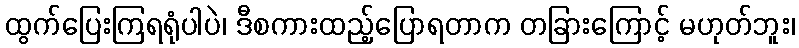
ထွက်ပြေးကြရရုံပါပဲ၊ ဒီစကားထည့်ပြောရတာက တခြားကြောင့် မဟုတ်ဘူး၊